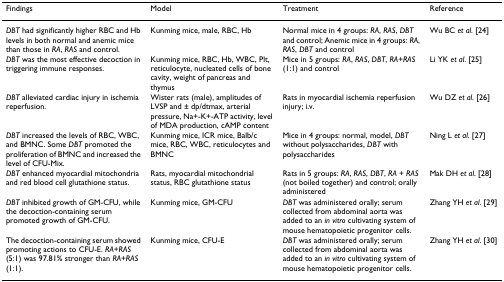
| Findings | Model | Treatment | Reference |
 | --- | --- | --- | --- |
 | DBT had significantly higher RBC and Hb levels in both normal and anemic mice than those in RA, RAS and control. | Kunming mice, male, RBC, Hb | Normal mice in 4 groups: RA, RAS, DBT and control; Anemic mice in 4 groups: RA, RAS, DBT and control | Wu BC et al. [24] |
 | DBT was the most effective decoction in triggering immune responses. | Kunming mice, RBC, Hb, WBC, Plt, reticulocyte, nucleated cells of bone cavity, weight of pancreas and thymus | Mice in 5 groups: RA, RAS, DBT, RA+RAS (1:1) and control | Li YK et al. [25] |
 | DBT alleviated cardiac injury in ischemia reperfusion. | Wister rats (male), amplitudes of LVSP and ± dp/dtmax, arterial pressure, Na+-K+-ATP activity, level of MDA production, cAMP content | Rats in myocardial ischemia reperfusion injury; i.v. | Wu DZ et al. [26] |
 | DBT increased the levels of RBC, WBC, and BMNC. Some DBT promoted the proliferation of BMNC and increased the level of CFU-Mix. | Kunming mice, ICR mice, Balb/c mice, RBC, WBC, reticulocytes and BMNC | Mice in 4 groups: normal, model, DBT without polysaccharides, DBT with polysaccharides | Ning L et al. [27] |
 | DBT enhanced myocardial mitochondria and red blood cell glutathione status. | Rats, myocardial mitochondrial status, RBC glutathione status | Rats in 5 groups: RA, RAS, DBT, RA + RAS (not boiled together) and control; orally administered | Mak DH et al. [28] |
 | DBT inhibited growth of GM-CFU, while the decoction-containing serum promoted growth of GM-CFU. | Kunming mice, GM-CFU | DBT was administered orally; serum collected from abdominal aorta was added to an in vitro cultivating system of mouse hematopoietic progenitor cells. | Zhang YH et al. [29] |
 | The decoction-containing serum showed promoting actions to CFU-E. RA+RAS (5:1) was 97.81% stronger than RA+RAS (1:1). | Kunming mice, CFU-E | DBT was administered orally; serum collected from abdominal aorta was added to an in vitro cultivating system of mouse hematopoietic progenitor cells. | Zhang YH et al. [30] |